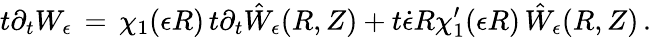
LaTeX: t\partial_{t}W_{\epsilon}\, =\, \chi_{1}(\epsilon R)\, t\partial_{t}\hat{W}_{\epsilon}(R,Z)+t\dot{\epsilon}R\chi_{1}^{\prime}(\epsilon R)\, \hat{W}_{\epsilon}(R,Z)\, .